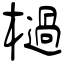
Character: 檛